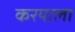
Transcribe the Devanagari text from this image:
करयाला